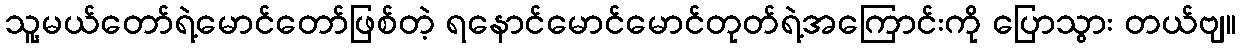
သူ့မယ်တော်ရဲ့မောင်တော်ဖြစ်တဲ့ ရနောင်မောင်မောင်တုတ်ရဲ့အကြောင်းကို ပြောသွား တယ်ဗျ။